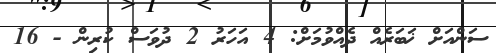
ސަންއަށް ޚަބަރެއް ދެއްވުމަށް: 4 އަހަރު 2 ދުވަސް ކުރިން - 16